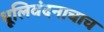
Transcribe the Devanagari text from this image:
धूलिवंदनाचाच